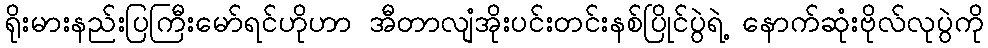
ရိုးမားနည်းပြကြီးမော်ရင်ဟိုဟာ အီတာလျံအိုးပင်းတင်းနစ်ပြိုင်ပွဲရဲ့ နောက်ဆုံးဗိုလ်လုပွဲကို